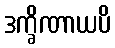
ဒက္ခိဏာယပိ